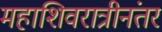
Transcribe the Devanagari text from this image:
महाशिवरात्रीनंतर